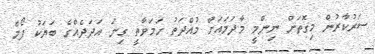
ސަރުކާރުން މިގޮތަށް ނިންމީ މާދަމައަށް މުއްދަތު ހަމަވާތީ ގިނަ އަދަދެއްގެ ބަޔަކު ފޯމް